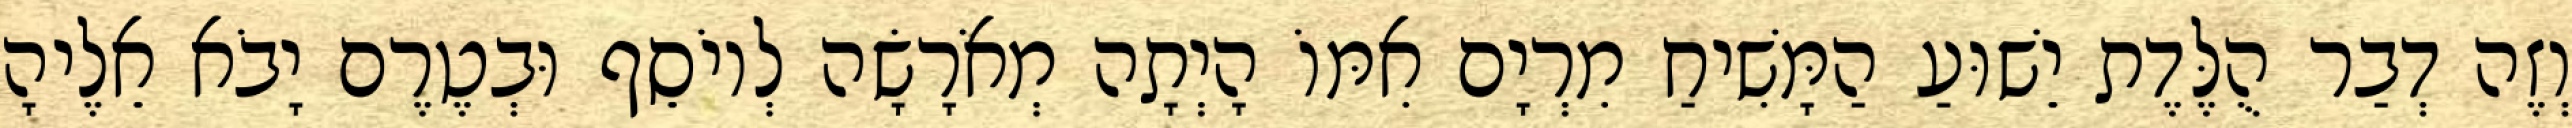
וְזֶה דְבַר הֻלֶּדֶת יֵשׁוּעַ הַמָּשִׁיחַ מִרְיָם אִמּוֹ הָיְתָה מְאֹרָשָׂה לְיוֹסֵף וּבְטֶרֶם יָבֹא אֵלֶיהָ